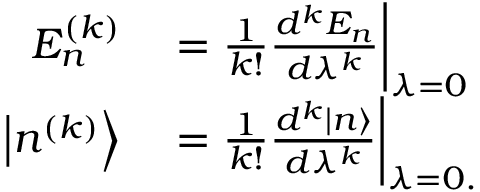
\begin{array} { r l } { E _ { n } ^ { ( k ) } } & { { } = { \frac { 1 } { k ! } } { \frac { d ^ { k } E _ { n } } { d \lambda ^ { k } } } { \bigg | } _ { \lambda = 0 } } \\ { \left| n ^ { ( k ) } \right\rangle } & { { } = { \frac { 1 } { k ! } } { \frac { d ^ { k } | n \rangle } { d \lambda ^ { k } } } { \bigg | } _ { \lambda = 0 . } } \end{array}